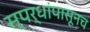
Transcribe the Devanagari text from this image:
स्पर्धांपासूनच